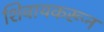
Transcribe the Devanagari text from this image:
शिवायकरून